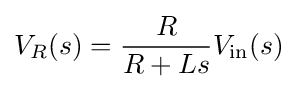
V_{R}(s)={\frac {R}{R+Ls}}V_{\mathrm {in} }(s)